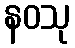
နဝသု